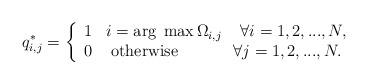
LaTeX: \begin{align*} q_{i,j}^{*} =\left\{\begin{array}{cc} {1} & {i=\arg \; \max \Omega _{i,j} \; \; \; \; \forall i=1,2,...,N,} \\ {0} & {{\rm otherwise}\; \; \; \; \; \; \; \; \; \; \; \; \forall j=1,2,...,N.} \end{array}\right. \end{align*}